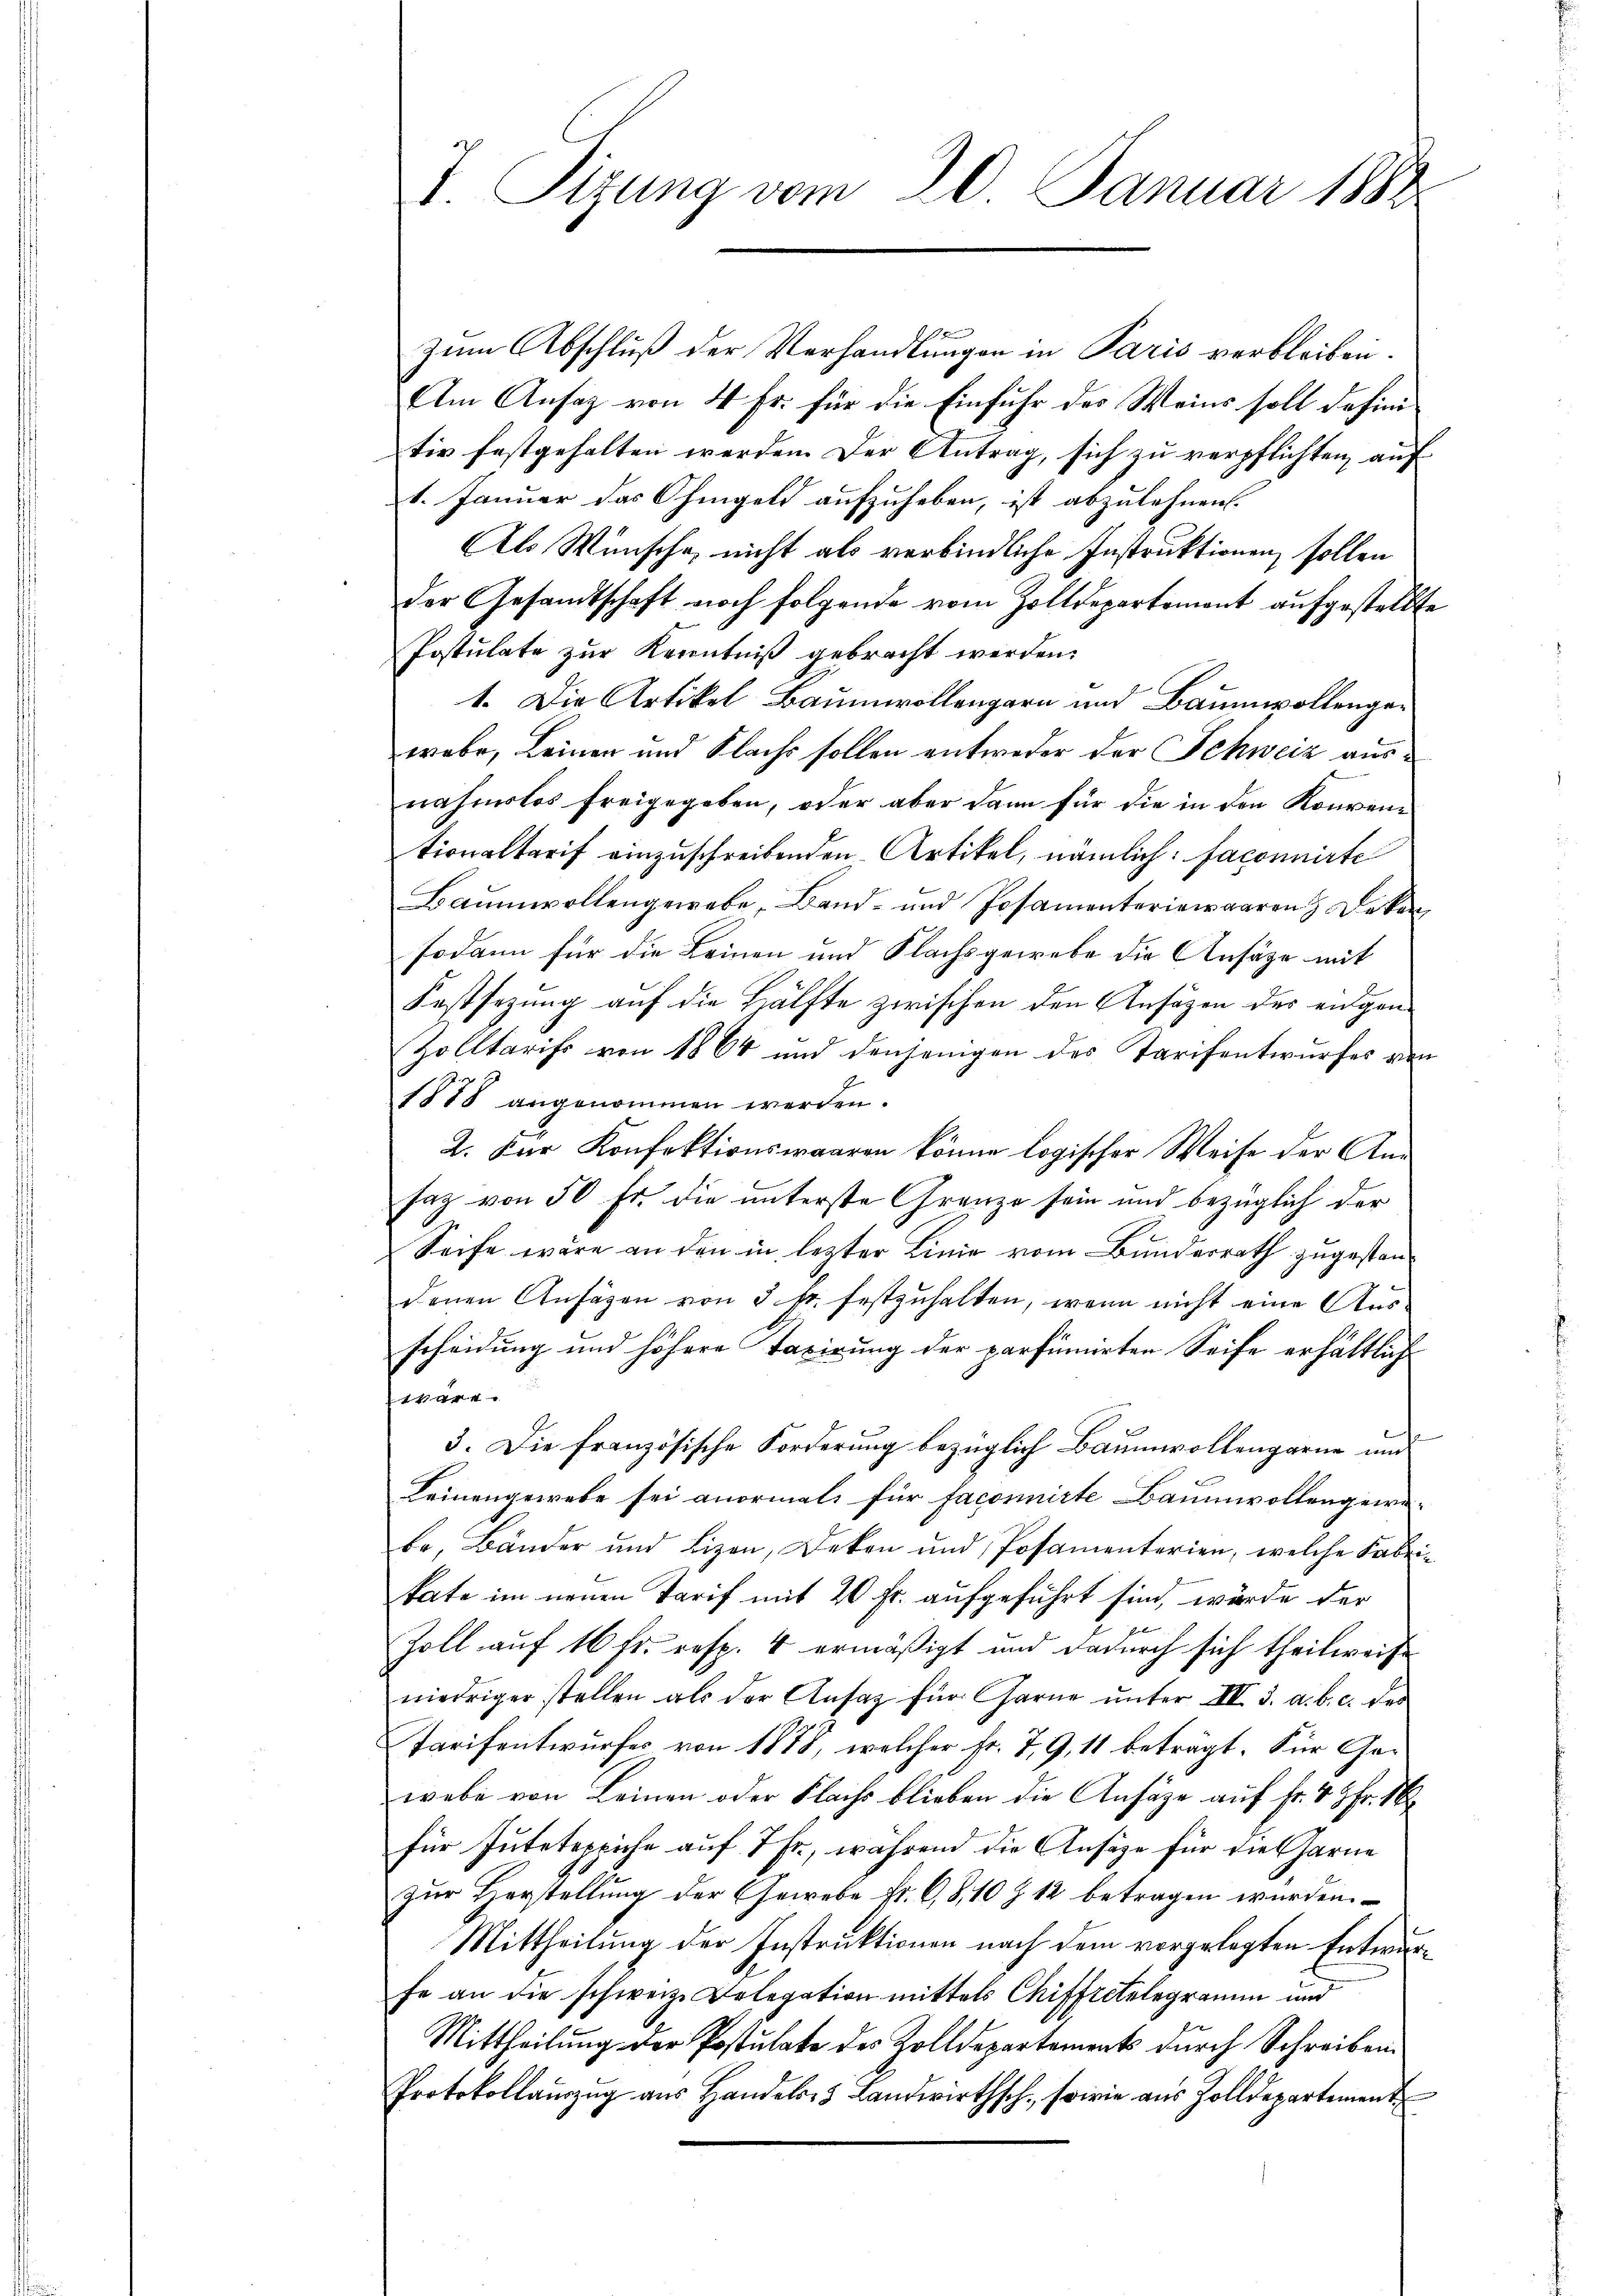
T. Tizung vom 20. Januar 1888

zum Abschluß der Verhandlungen in Paris verbleiben.
Am Ansaz von 4 Fr. für die Einfuhr des Weins soll dahinitiv festgehalten werden. Der Antrag, sich zu verpflichten, auf
1. Januar das Ohmgeld aufzuheben, ist abzulehnen.
Als Wünsche, nicht als verbindliche Instruktionen sollen
der Gesandtschaft noch folgende vom Zolldepartement aufgestellte
Postulate zur Kenntniß gebracht werden.
1. Die Artikel Baumwollengarn und Baumwollengewebe, Leinen und Flachs sollen entweder der Schweiz ausnahmslos freigegeben, oder aber dann für die in den Konventionaltarif einzuschreibenden Artikel, nämlich: faconnirte
Baumwollengewebe, Band- und Posamenteriewaaren & Dekan
sodann für die Leinen und Flachsgewebe die Ansäze mit
Festsezung auf die Hälfte zwischen den Ansätzen des endgan¬
Zolltarifs von 1864 und denjenigen des Tarifentwurfes von
1878 angenommen werden.
2. Der Konfektionswaaren könne logischer Weise der Ansaz von 50 Fr. die unterste Grenze sein und bezüglich der
Seife wäre an den in lezter Linie vom Bundesrath zugestandenen Ansägen von 5 pr. festzuhalten, wenn nicht eine Ausscheidung und höhere Taxirung der parfümirten Seife erhältlich
ware
3. Die französische Forderung bezüglich Baumwollengarne und
Leinengewebe sei anormals für faconnirte Baumwollengewa-
be, Bänder und Lizen, Deken und Posamenterien, welche Fabrikate im neuen Tarif mit 20 fr. aufgeführt sind, würde der
f
Zoll auf 16 fr. resp. 4 ermäßigt und dadurch sich theilweise
niedriger stellen als der Ansatz für Garne unter III. 3. a. b. c. der
Tarifentwurfes von 1878, welcher Fr. 7, 9, 11 beträgt. Für Gewebe von Leinen oder Flachs blieben die Ansäge auf Fr. 48 Fr. 1
für Tuteteppiche auf 7 Fr., während die Ansäze für die Garne
zur Herstellung der Gewebe Fr. C,8,10 Z 12 betragen wurden.
Mittheilung der Instruktionen nach dem vorgelegten Entwurfe an die schweiz. Delegation mittels Chiffretelegramm und
Mittheilung der Postulate des Zolldepartements durch Schreiben.
Protokollauszug aus Handels- & Landwirthsch, sowie aus Zolldepartement